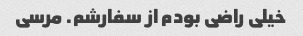
خیلی راضی بودم از سفارشم. مرسی